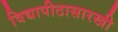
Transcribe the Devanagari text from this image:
विद्यापीठासारखी